Report on vaccination in Madras 1877-1894 - 1877-1894
Year: 1877
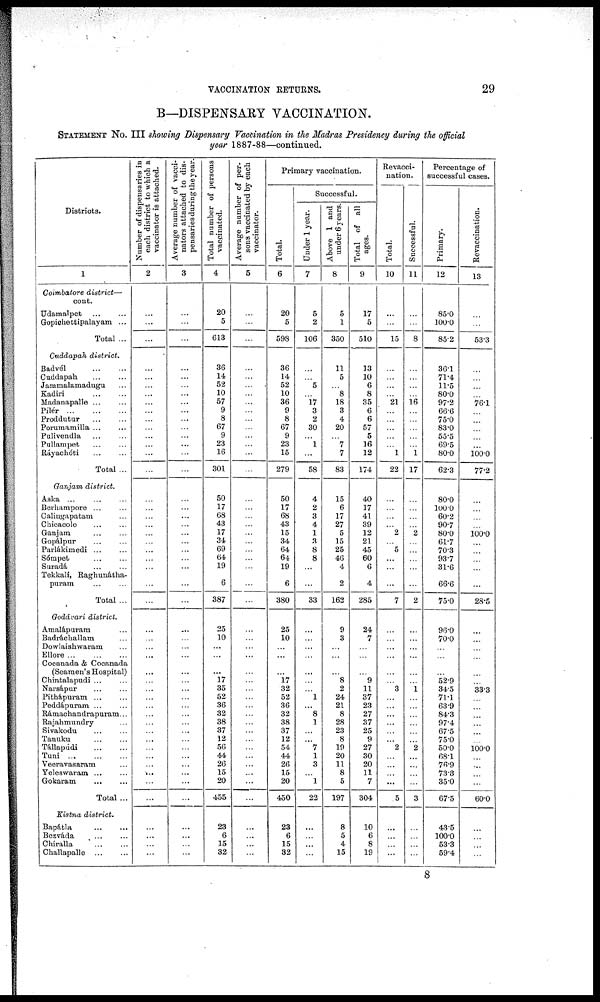
VACCINATION RETURNS.
29
B—DISPENSARY VACCINATION.
STATEMENT NO. III showing Dispensary Vaccination in the Madras Presidency during the official
year 1887-88—continued.
Districts.
1
Coimbatore district—
cont.
Udamalpet ... ...
Gopichettipalayam ...
Total ...
Cuddapah district.
Badvél
...
...
Cuddapah ... ...
Jammalamadugu ...
Kadiri
...
...
Madanapalle ... ...
Pílér
...
...
...
Proddutur ... ...
Poruraamilla ... ...
Pulivendla ... ...
Pullampet ... ...
Ráyachóti
Total ...
Ganjam district.
Aska ... ... ...
Berhampore ... ...
Calingapatam ... ...
Chicacole ... ...
Ganjam ... ...
Gopálpur ... ...
Parlákimedi ... ...
Sómpet ... ...
Suradá ... ...
Tekkali, Raghunatha¬
puram ... ...
Total ...
Godávari district.
Amalápuram ...
Badráchallam ...
Dowlaishwaram
Ellore
...
...
...
Cocanada & Cocanada
(Seamen's Hospital)
Chintalapudi ... ...
Narsápur ... ...
Pithápuram ... ...
Peddápuram ... ...
Rámachandrapuram...
Rajahmundry ...
Sivakodu ... ...
Tanuku
...
...
Tállapúdi
...
...
Tuni
...
...
...
Veeravasaram ...
Yeleswaram ...
Gokaram
...
Total ...
Kistna district.
Bapátla ... ...
Bezváda
... ...
Chiralla
...
...
Challapalle
...
...
Number of dispensaries in
each district to which a
vaccinator is attached.
2
...
...
...
...
...
...
...
...
...
...
...
...
...
...
...
...
...
...
...
...
...
...
...
...
...
...
...
...
...
...
... ...
...
...
...
...
...
...
...
...
...
...
...
...
...
...
...
...
...
...
Average number of vacci¬
nators attached to dis-
pensaries during the year.
3
...
...
...
...
...
...
...
...
...
...
...
...
...
...
...
...
...
...
...
...
...
...
...
...
...
...
...
...
...
...
...
...
...
...
...
...
...
...
...
...
...
...
...
...
...
...
...
...
...
...
Total number of persons
vaccinated.
4
20
5
613
36
14
52
10
57
9
8
67
9
23
16
301
50
17
68
43
17
34
69
64
19
6
387
...
25
10
...
... ...
17
35
52
36
32
38
37
12
56
44
26
15
20
455
23
6
15
32
Average number of per¬
sons vaccinated by each
vaccinator.
5
...
...
...
...
...
...
...
...
...
...
...
...
...
...
...
...
...
...
...
...
...
...
...
...
...
...
...
...
...
...
...
...
...
...
...
...
...
...
...
...
...
...
...
...
...
...
...
...
...
...
Primary vaccination.
Total.
6
20
5
598
36
14
52
10
36
9
8
67
9
23
15
279
50
17
68
43
15
34
64
64
19
6
380
...
25
10
...
...
...
17
32
52
36
32
38
37
12
54
44
26
15
20
450
23
6
15
32
Successful.
Under 1 year.
7
5
2
106
...
...
5
...
17
3
2
30
...
1
...
58
4
2
3
4
1
3
8
8
...
...
33
...
...
...
...
...
...
...
...
1
...
8
1
...
...
7
1
3
...
1
22
...
...
...
...
Above 1 and
under 6 years.
8
5
1
350
11
5
...
8
18
3
4
20
...
...
7
83
15
6
17
27
5
15
25
46
4
2
162
...
9
3
...
...
...
8
2
24
21
8
28
23
8
19
20
11
8
5
197
8
5
4
15
Total of all
ages.
9
17
5
510
13
10
6
8
35
6
6
57
5
16
12
174
40
17
41
39
12
21
45
60
6
4
285
...
24
7
...
...
...
9
11
37
23
27
37
25
9
27
30
20
11
7
304
10
6
8
19
Revacci¬
nation.
Total.
10
...
...
15
...
...
...
...
21
...
...
...
...
...
1
22
...
...
...
...
2
...
5
...
...
...
7
...
...
...
...
...
...
...
3
...
...
...
...
...
...
2
...
...
...
...
5
...
...
...
...
Successful.
11
...
...
8
...
...
...
...
16
...
...
...
...
...
1
17
...
...
...
...
2
...
...
...
...
...
2
...
...
...
...
...
...
...
1
...
...
...
...
...
...
2
...
...
...
...
3
...
...
...
...
Percentage of
successful cases.
Primary.
12
85.0
100.0
85.2
36.1
71.4
11.5
80.0
97.2
66.6
75.0
83.0
55.5
69.5
80.0
62.3
80.0
100.0
60.2
90.7
80.0
61.7
70.3
93.7
31.6
66.6
75.0
...
96.0
70.0
...
...
...
52.9
34.5
71.1
63.9
84.3
97.4
67.5
75.0
50.0
68.1
76.9
73.3
35.0
67.5
43.5
100.0
53.3
59.4
Revaccination.
13
...
...
53.3
...
...
...
...
76.1
...
...
...
...
...
100.0
77.2
...
...
...
...
100.0
...
...
...
...
...
28.5
...
...
...
...
...
...
...
33.3
...
...
...
...
...
...
100.0
...
...
...
...
60.0
...
...
...
...
8